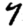
Digit: 7